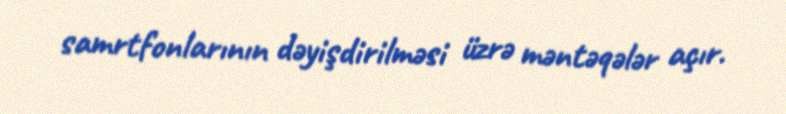
samrtfonlarının dəyişdirilməsi üzrə məntəqələr açır.